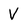
Character: V